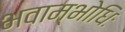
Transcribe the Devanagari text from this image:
भवाम्भोधिः